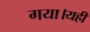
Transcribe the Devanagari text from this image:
गया।यहीं